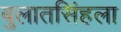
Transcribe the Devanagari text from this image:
बुलातसिंहला